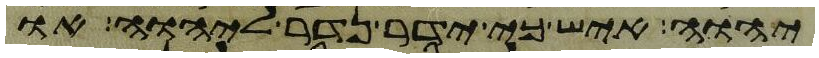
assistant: יהוה איש כי ידר נדר ליהוה או